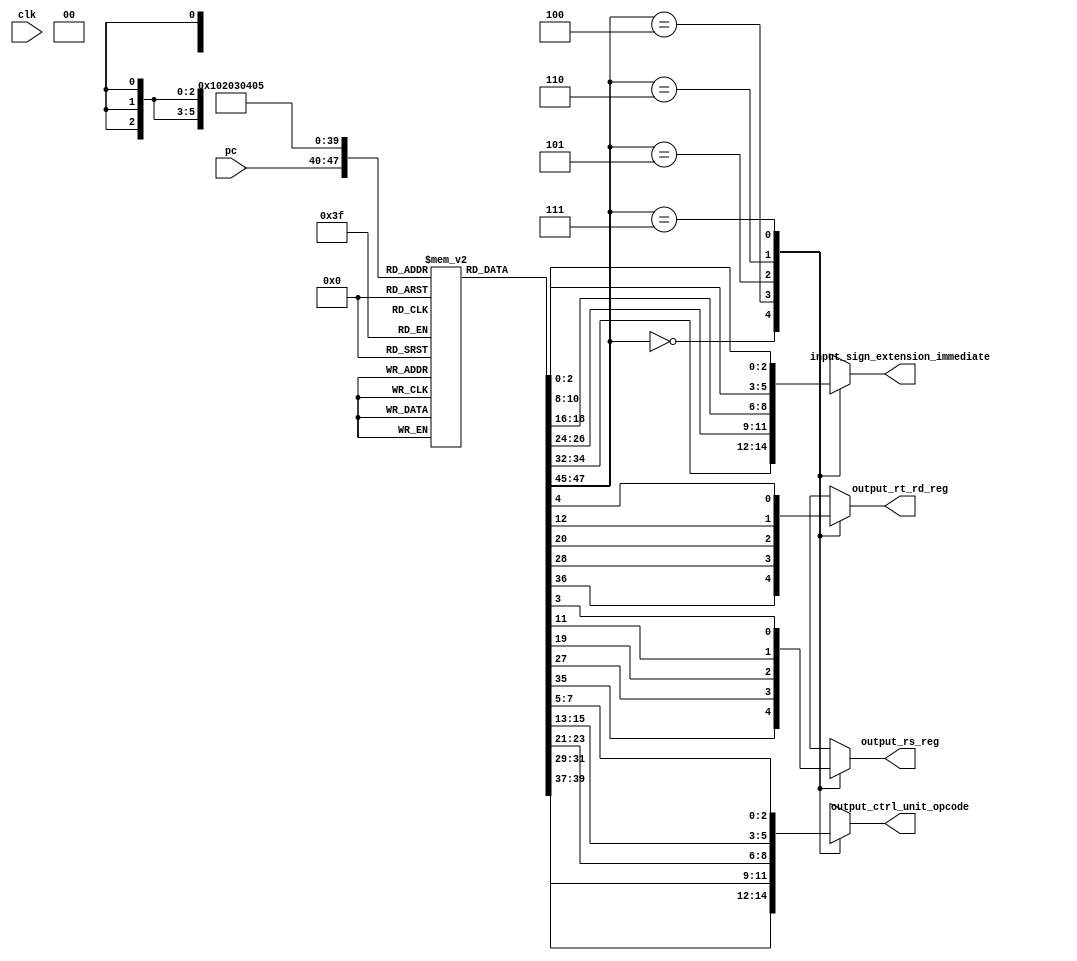
`timescale 1ns / 1ps

module instruction_memory(
    input clk,
    input [7:0] pc, // Program Counter input
    output reg [2:0] output_ctrl_unit_opcode, // Output to control unit
    output reg [2:0] input_sign_extension_immediate, // Output to sign extension
    output reg output_rs_reg, // Output to RS register as an input of register bank
    output reg output_rt_rd_reg // Output to RT register as an input of register bank
);
//wire pc;
//ProgramCounter top (
//   .pc(pc)
//    );
// Instruction memory
reg [7:0] mem[0:255];
initial begin
    // ADD instruction
    mem[0] = 8'bXXXXXXXX;
    
    mem[1] = 8'b00010000; //add s1 s1 s0
    
    // ADDI instruction
    mem[2] = 8'b10000111; // first 3 bits are op code then rd 1 bit=0 then ,rs 1 bit=0 ,rest 3 bits are immediate if I type. we have 111 as maximum we can shift 7 bits.// addi s0 s0 7
    
    // Store Word instruction
    mem[3] = 8'b10101100; // first 3 bits are op code of sw , rd 1 bit=0, rs 1 bit=1 ,rest 3 bits are immediate if I type . we have 100 as maximum is 7 bits we jsut use 4 as example . sw s0 4(s1)
    
    // Load Word instruction
    mem[4] = 8'b11010100; // first 3 bits are op code of lw , rd 1 bit=1, rs 1 bit=0 ,rest 3 bits are immediate if I type . we have 100 as maximum is 7 bits we jsut use 4 as example . 
//lw s0 4(s1)
    
    // Shift Left Logical instruction
    mem[5] = 8'b11101110; // first 3 bits are op code of sll , rd 1 bit=0, rs 1 bit=1 ,rest 3 bits are shamt of shit bit or unsed for R typr . we have 100 as maximum is 7 bits we jsut use 6 as example . 
//sll s0 6(s1)


    
end

// Output the instruction based on the program counter input
always @(*) begin
    case(mem[pc][7:5]) // this the 3 bit vlaues which tells which operation to perform seeing the value from the 32 bit end part from above . (this is the opcode but we just use 																									last 3 bits according to prof)
		3'b000: begin // ADD instruction (this is op code)
            output_ctrl_unit_opcode = mem[1][7:5]; // just for our understading this is op code but in the case above matches the user input as op code(pc[7:5]) with op code(3'b0000).
            output_rs_reg = mem[1][3];
            output_rt_rd_reg = mem[1][4];
		    //output_shiftbits_reg = mem[0][2:0];
		    input_sign_extension_immediate = mem[1][2:0];

        end
        
        3'b100: begin // ADDI instruction
            output_ctrl_unit_opcode = mem[2][7:5]; // just for our understading this is op code but in the case above matches the user input as op code(pc[7:5]) with op code(3'b0000).
            output_rs_reg = mem[2][3];
            output_rt_rd_reg = mem[2][4];
		    //output_shiftbits_reg = 0;
		    input_sign_extension_immediate = mem[2][2:0];
		
        end
        
        3'b101: begin // Store Word instruction
            output_ctrl_unit_opcode = mem[3][7:5]; // just for our understading this is op code but in the case above matches the user input as op code(pc[7:5]) with op code(3'b0000).
            output_rs_reg = mem[3][3];
            output_rt_rd_reg = mem[3][4];
		    //output_shiftbits_reg = 0;
		    input_sign_extension_immediate = mem[3][2:0];
		
        end
        
        3'b110: begin // Load Word instruction
            output_ctrl_unit_opcode = mem[4][7:5]; // just for our understading this is op code but in the case above matches the user input as op code(pc[7:5]) with op code(3'b0000).
            output_rs_reg = mem[4][3];
            output_rt_rd_reg = mem[4][4];
		    //output_shiftbits_reg = 0;
		    input_sign_extension_immediate = mem[4][2:0];
		
        end
        
        3'b111: begin // Shift Left Logical instruction
            output_ctrl_unit_opcode = mem[5][7:5]; // just for our understading this is op code but in the case above matches the user input as op code(pc[7:5]) with op code(3'b0000).
            output_rs_reg = mem[5][3];
            output_rt_rd_reg = mem[5][4];
		    //output_shiftbits_reg = mem[4][2:0];
		    input_sign_extension_immediate = mem[5][2:0];
		
        end
        
        // Add your own cases for more instructions here
        
        default: begin
            output_ctrl_unit_opcode = 3'bXXX; // just for our understading this is op code but in the case above matches the user input as op code(pc[7:5]) with op code(3'b0000).
            output_rs_reg = 1'bX;
            output_rt_rd_reg = 1'bX;
		    //output_shiftbits_reg = 0;
		    input_sign_extension_immediate = 1'bX;
	  end
 endcase
end

endmodule